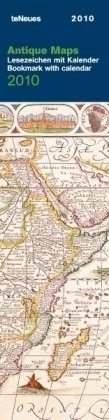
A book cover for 2010 Antique Maps Bookmark Calendar; Calendars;